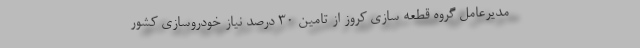
مدیرعامل گروه قطعه سازی کروز از تامین 30 درصد نیاز خودروسازی کشور